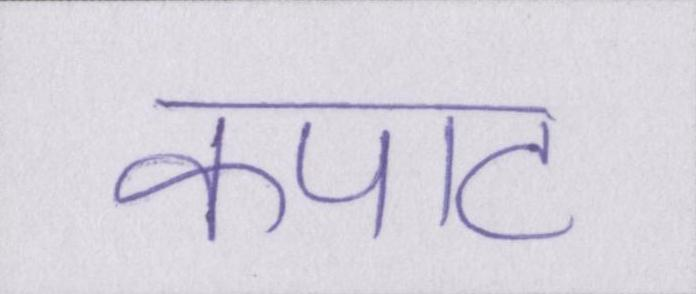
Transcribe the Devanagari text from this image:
कपाट